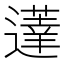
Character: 𰻗